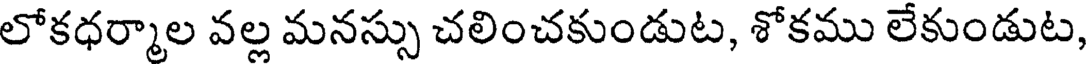
లోకధర్మాల వల్ల మనస్సు చలించకుండుట, శోకము లేకుండుట,